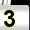
Digit: 3